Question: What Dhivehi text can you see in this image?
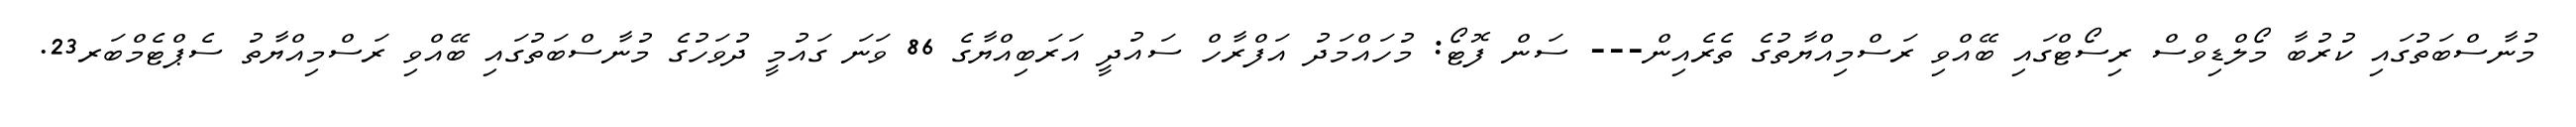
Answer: މުނާސްބަތުގައި ކުރުބާ މޯލްޑިވްސް ރިސޯޓްގައި ބޭއްވި ރަސްމިއްޔާތުގެ ތެރެއިން--- ސަން ފޮޓޯ: މުހައްމަދު އަފްރާހް ސައުދީ އަރަބިއްޔާގެ 86 ވަނަ ގައުމީ ދުވަހުގެ މުނާސްބަތުގައި ބޭއްވި ރަސްމިއްޔާތު ސެޕްޓެމްބަރ23.